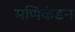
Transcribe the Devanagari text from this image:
मणिकंडन